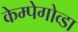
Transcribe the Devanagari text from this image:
केम्पेगोव्डा